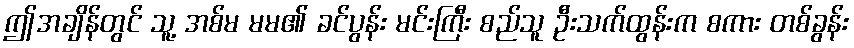
ဤအချိန်တွင် သူ့ အစ်မ မမ၏ ခင်ပွန်း မင်းကြီး စည်သူ ဦးသက်ထွန်းက စကား တစ်ခွန်း